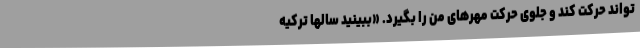
تواند حرکت کند و جلوی حرکت مهرهای من را بگیرد. «ببینید سالها ترکیه